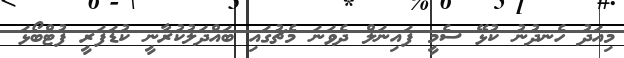
މިއަދު ހެނދުނު ކުޅޭ ސެމީ ފައިނަލް ދެވަނަ މެޗުގައި ބައްދަލުކުރާނީ ކުޑަފަރީ ފުޓްބޯޅަ